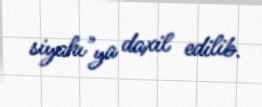
siyahı"ya daxil edilib.